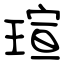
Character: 瑄